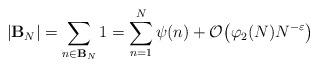
LaTeX: \begin{align*}|\mathbf B_N|=\sum_{n\in\mathbf{B}_N}1=\sum_{n=1}^N\psi(n)+\mathcal O\big(\varphi_2(N)N^{-\varepsilon}\big)\end{align*}